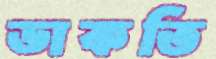
ডাকতি